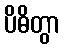
ပိဓိတွာ